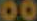
00